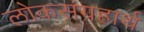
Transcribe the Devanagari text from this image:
लोकसंग्रहार्थ